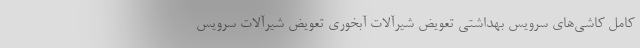
کامل کاشی‌های سرویس بهداشتی تعویض شیرآلات آبخوری تعویض شیرآلات سرویس